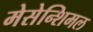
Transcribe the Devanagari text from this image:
मेसेन्शिमल